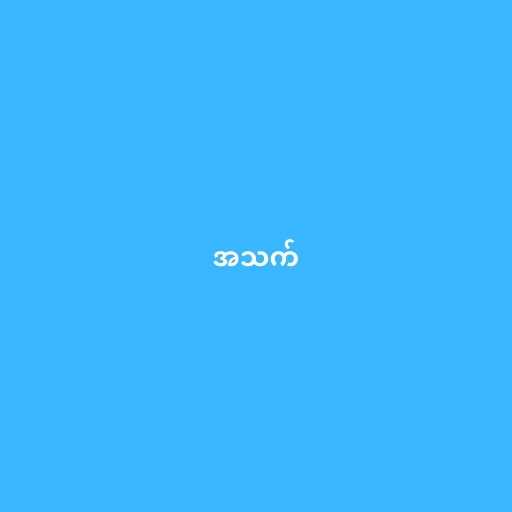
အသက်